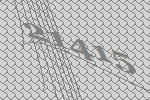
21415